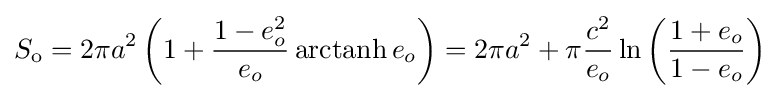
S_{\text{o}}=2\pi a^{2}\left(1+{\frac {1-e_{o}^{2}}{e_{o}}}\operatorname {arctanh} e_{o}\right)=2\pi a^{2}+\pi {\frac {c^{2}}{e_{o}}}\ln \left({\frac {1+e_{o}}{1-e_{o}}}\right)